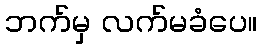
ဘက်မှ လက်မခံပေ။